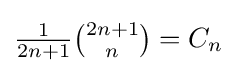
\textstyle {\frac {1}{2n+1}}{2n+1 \choose n}=C_{n}